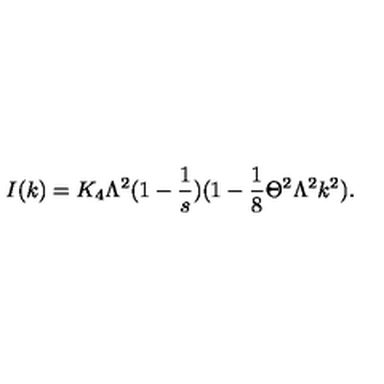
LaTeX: I ( k ) = K _ { 4 } \Lambda ^ { 2 } ( 1 - \frac { 1 } { s } ) ( 1 - \frac { 1 } { 8 } \Theta ^ { 2 } \Lambda ^ { 2 } k ^ { 2 } ) .